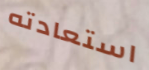
استعادته